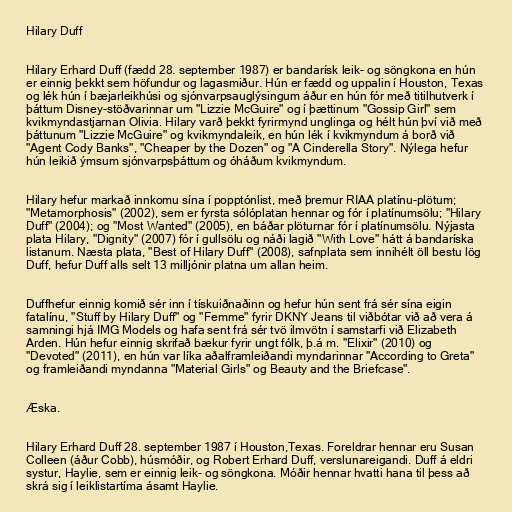
Hilary Duff

Hilary Erhard Duff (fædd 28. september 1987) er bandarísk leik- og söngkona en hún
er einnig þekkt sem höfundur og lagasmiður. Hún er fædd og uppalin í Houston, Texas
og lék hún í bæjarleikhúsi og sjónvarpsauglýsingum áður en hún fór með titilhutverk í
þáttum Disney-stöðvarinnar um "Lizzie McGuire" og í þættinum "Gossip Girl" sem
kvikmyndastjarnan Olivia. Hilary varð þekkt fyrirmynd unglinga og hélt hún því við með
þáttunum "Lizzie McGuire" og kvikmyndaleik, en hún lék í kvikmyndum á borð við
"Agent Cody Banks", "Cheaper by the Dozen" og "A Cinderella Story". Nýlega hefur
hún leikið ýmsum sjónvarpsþáttum og óháðum kvikmyndum.

Hilary hefur markað innkomu sína í popptónlist, með þremur RIAA platínu-plötum;
"Metamorphosis" (2002), sem er fyrsta sólóplatan hennar og fór í platínumsölu; "Hilary
Duff" (2004); og "Most Wanted" (2005), en báðar plöturnar fór í platínumsölu. Nýjasta
plata Hilary, "Dignity" (2007) fór í gullsölu og náði lagið "With Love" hátt á bandaríska
listanum. Næsta plata, "Best of Hilary Duff" (2008), safnplata sem innihélt öll bestu lög
Duff, hefur Duff alls selt 13 milljónir platna um allan heim.

Duffhefur einnig komið sér inn í tískuiðnaðinn og hefur hún sent frá sér sína eigin
fatalínu, "Stuff by Hilary Duff" og "Femme" fyrir DKNY Jeans til viðbótar við að vera á
samningi hjá IMG Models og hafa sent frá sér tvö ilmvötn í samstarfi við Elizabeth
Arden. Hún hefur einnig skrifað bækur fyrir ungt fólk, þ.á m. "Elixir" (2010) og
"Devoted" (2011), en hún var líka aðalframleiðandi myndarinnar "According to Greta"
og framleiðandi myndanna "Material Girls" og Beauty and the Briefcase".

Æska.

Hilary Erhard Duff 28. september 1987 í Houston,Texas. Foreldrar hennar eru Susan
Colleen (áður Cobb), húsmóðir, og Robert Erhard Duff, verslunareigandi. Duff á eldri
systur, Haylie, sem er einnig leik- og söngkona. Móðir hennar hvatti hana til þess að
skrá sig í leiklistartíma ásamt Haylie.